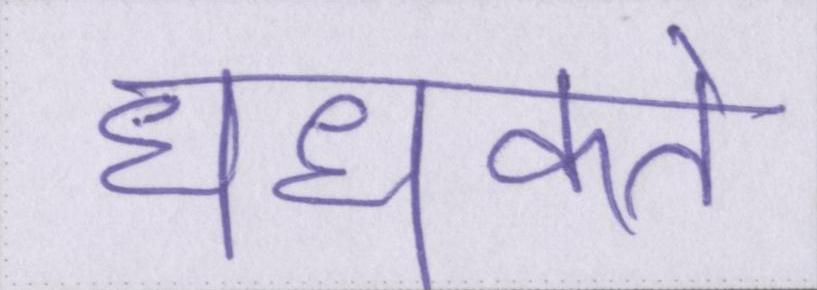
धधकते